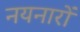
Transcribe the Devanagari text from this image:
नयनारों